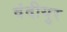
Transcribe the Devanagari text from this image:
वंदीयुर